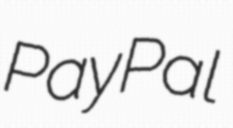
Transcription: PayPal